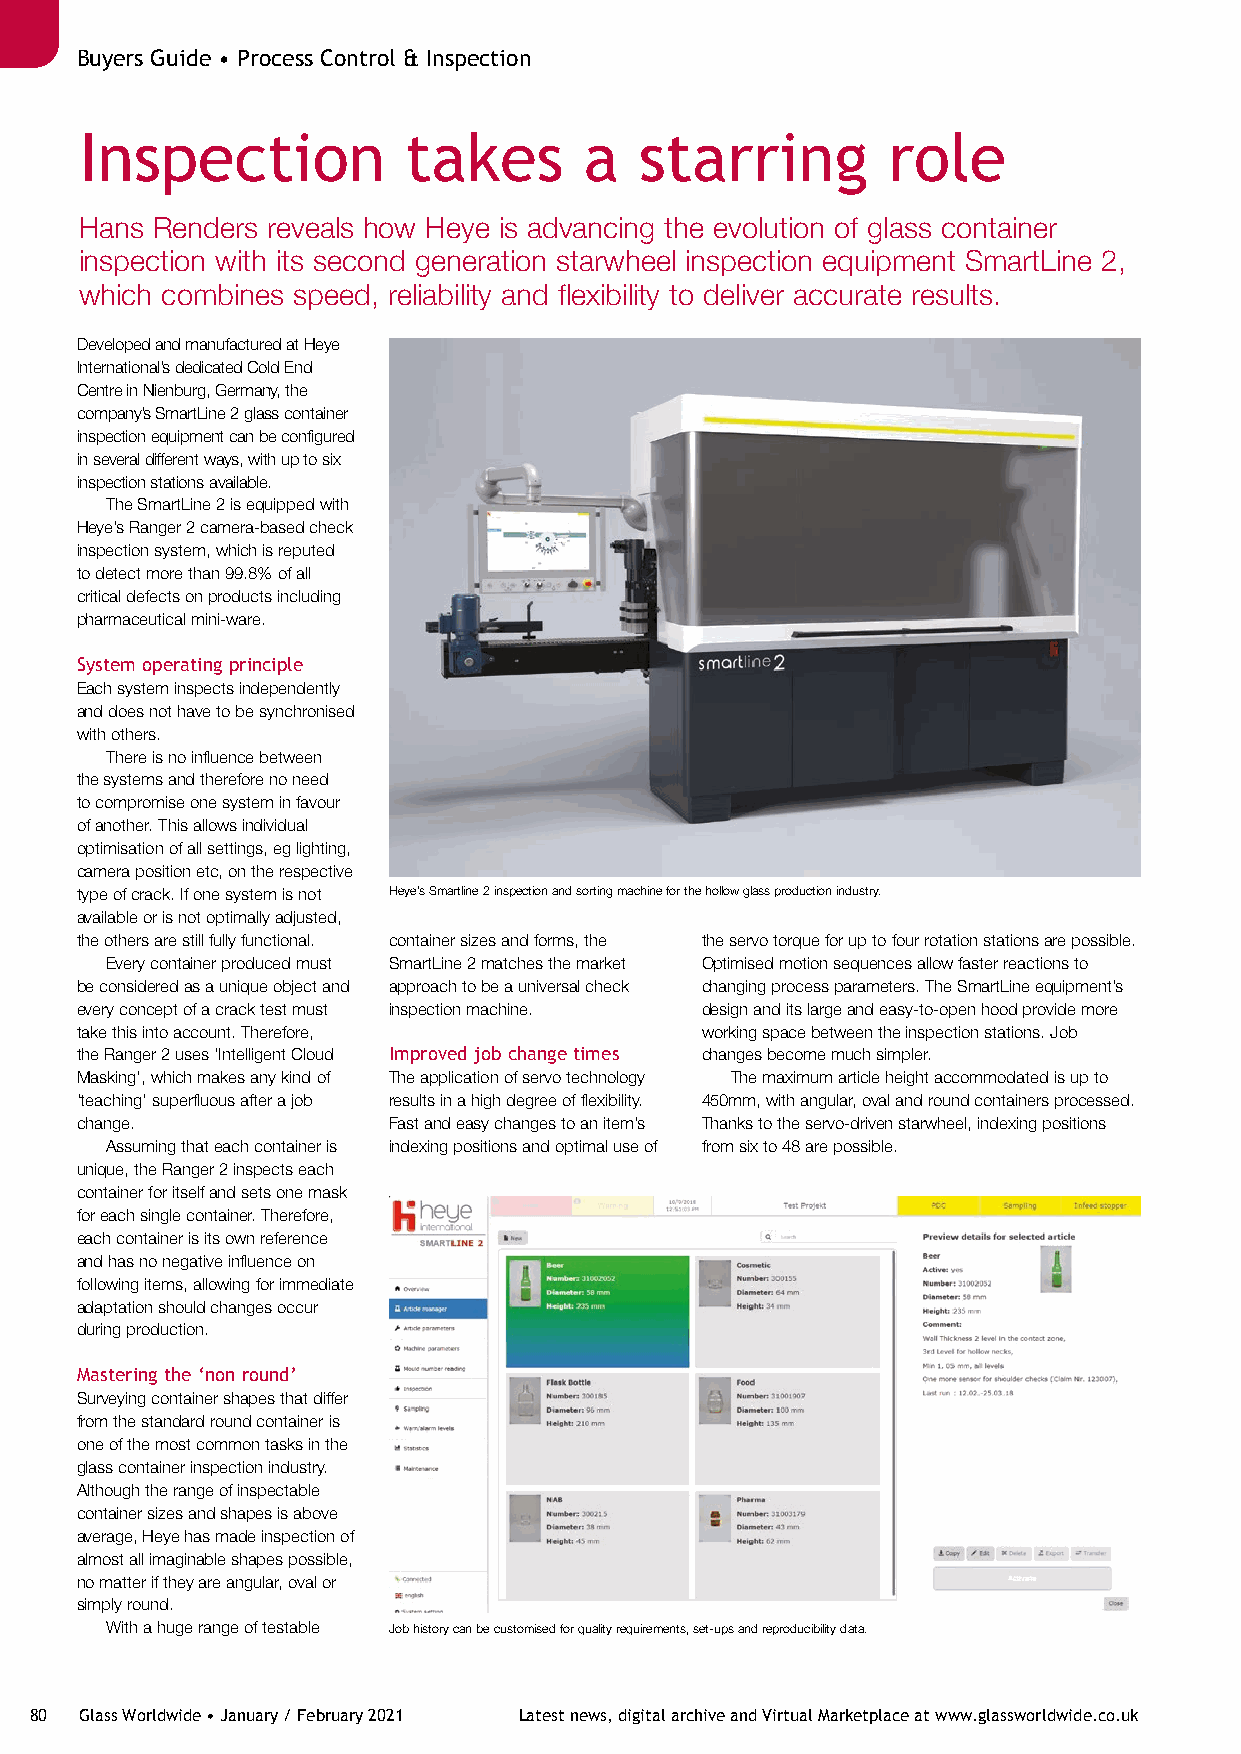
Buyers Guide • Process Control & Inspection                                        Buyers Guide • Process Control & Inspection
 Inspection            takes       a  starring         role
 Hans Renders reveals how Heye is advancing the evolution of glass container
 inspection with its second generation starwheel inspection equipment SmartLine 2,
 which combines speed, reliability and flexibility to deliver accurate results.
 Developed and manufactured at Heye
 International’s dedicated Cold End
 Centre in Nienburg, Germany, the
 company’s SmartLine 2 glass container
 inspection equipment can be configured
 in several different ways, with up to six
 inspection stations available.
 The SmartLine 2 is equipped with
 Heye’s Ranger 2 camera-based check
 inspection system, which is reputed
 to detect more than 99.8% of all
 critical defects on products including
 pharmaceutical mini-ware.
 System operating principle
 Each system inspects independently
 and does not have to be synchronised
 with others.
 There is no influence between
 the systems and therefore no need
 to compromise one system in favour
 of another. This allows individual
 optimisation of all settings, eg lighting,
 camera position etc, on the respective
 type of crack. If one system is not Heye’s Smartline 2 inspection and sorting machine for the hollow glass production industry.
 available or is not optimally adjusted,
 the others are still fully functional. container sizes and forms, the the servo torque for up to four rotation stations are possible.
 Every container produced must SmartLine 2 matches the market Optimised motion sequences allow faster reactions to
 be considered as a unique object and approach to be a universal check changing process parameters. The SmartLine equipment’s
 every concept of a crack test must inspection machine. design and its large and easy-to-open hood provide more
 take this into account. Therefore,       working space between the inspection stations. Job
 the Ranger 2 uses ‘Intelligent Cloud Improved job change times changes become much simpler.
 Masking’, which makes any kind of The application of servo technology The maximum article height accommodated is up to
 ‘teaching’ superfluous after a job results in a high degree of flexibility. 450mm, with angular, oval and round containers processed.
 change.              Fast and easy changes to an item’s Thanks to the servo-driven starwheel, indexing positions
 Assuming that each container is indexing positions and optimal use of from six to 48 are possible.
 unique, the Ranger 2 inspects each
 container for itself and sets one mask
 for each single container. Therefore,
 each container is its own reference
 and has no negative influence on
 following items, allowing for immediate
 adaptation should changes occur
 during production.
 Mastering the ‘non round’
 Surveying container shapes that differ
 from the standard round container is
 one of the most common tasks in the
 glass container inspection industry.
 Although the range of inspectable
 container sizes and shapes is above
 average, Heye has made inspection of
 almost all imaginable shapes possible,
 no matter if they are angular, oval or
 simply round.
 With a huge range of testable Job history can be customised for quality requirements, set-ups and reproducibility data.
 80 Glass Worldwide • January / February 2021 Latest news, digital archive and Virtual Marketplace at www.glassworldwide.co.uk